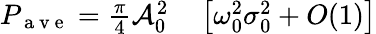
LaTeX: \begin{array}{rl}{P_{\mathrm{~a~v~e~}}=\frac{\pi}{4}\mathcal{A}_{0}^{2}}&{{}\left[\omega_{0}^{2}\sigma_{0}^{2}+O(1)\right]}\end{array}